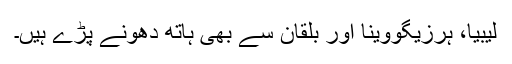
لیبیا، ہرزیگووینا اور بلقان سے بھی ہاتھ دھونے پڑے ہیں۔